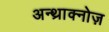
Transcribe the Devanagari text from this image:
अन्थ्राक्नोज़